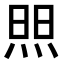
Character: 𬊘